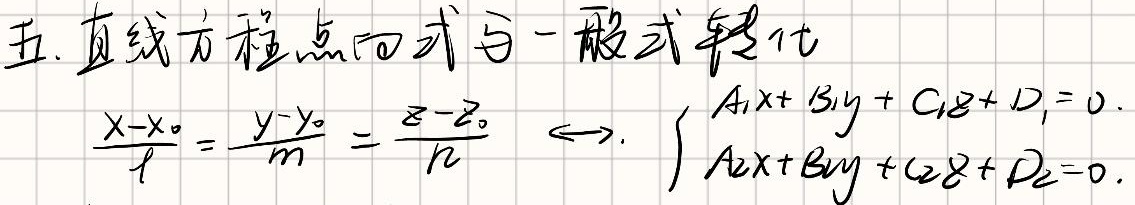
五. 直线方程点向式与一般式转化
\(\frac{x - x_0}{l}=\frac{y - y_0}{m}=\frac{z - z_0}{n}\Leftrightarrow\begin{cases}A_1x + B_1y + C_1z+ D_1 = 0\\A_2x + B_2y + C_2z + D_2 = 0\end{cases}\)